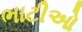
ભાટીઓ